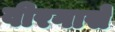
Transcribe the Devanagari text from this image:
वीरगासे